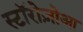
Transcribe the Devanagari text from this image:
स्टॉरोज़ोआ